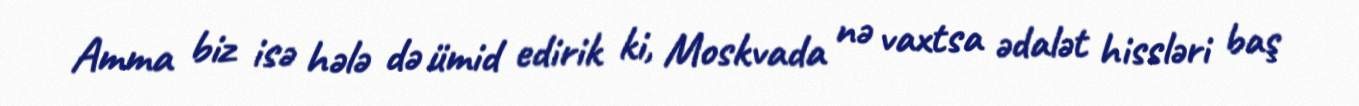
Amma biz isə hələ də ümid edirik ki, Moskvada nə vaxtsa ədalət hissləri baş